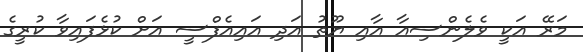
މަރޭ އަކީ ވެލެންސިއާ އާއި ޔޫތު އަދި އައިއެފްސީ އަށް ކުޅެފައިވާ ކުރީގެ